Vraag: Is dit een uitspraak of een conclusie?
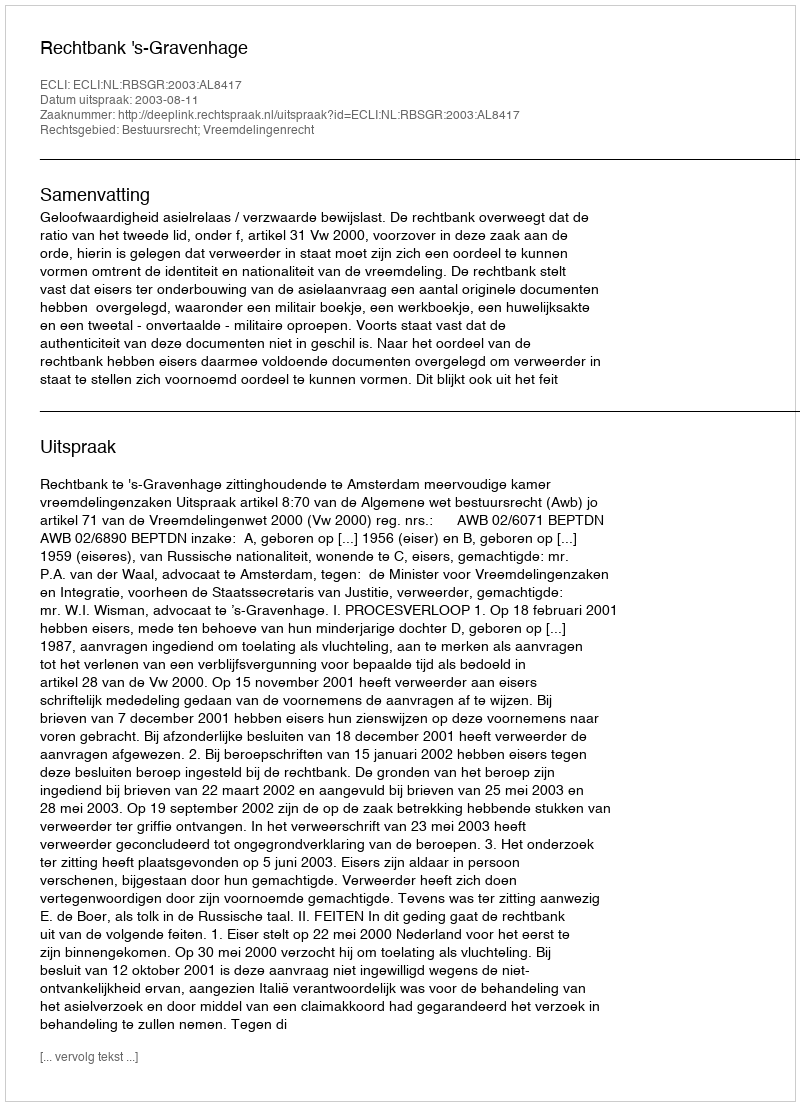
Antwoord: Uitspraak